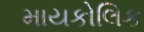
માયકોલિક